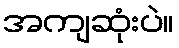
အကျဆုံးပဲ။